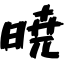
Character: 暁